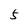
Character: 5